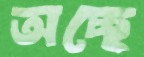
অচ্ছে